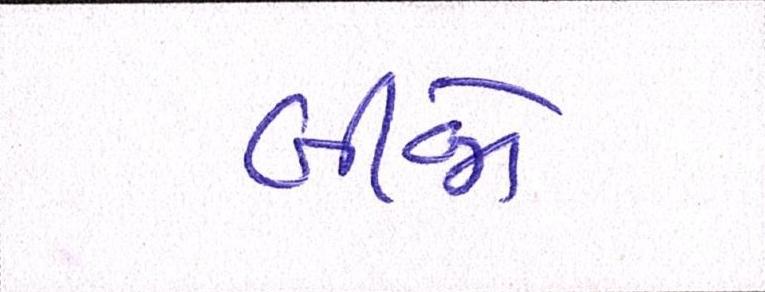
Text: બીજો